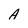
Character: A